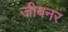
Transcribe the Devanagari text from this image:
जीबनर